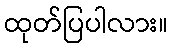
ထုတ်ပြပါလား။